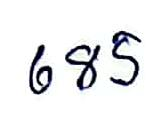
685